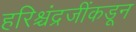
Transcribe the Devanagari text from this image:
हरिश्चंद्रजींकडून